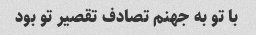
با تو به جهنم تصادف تقصیر تو بود